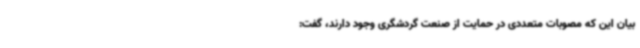
بیان این که مصوبات متعددی در حمایت از صنعت گردشگری وجود دارند، گفت: